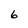
Character: 6